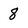
Character: 8